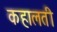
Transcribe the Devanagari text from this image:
कहालती